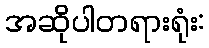
အဆိုပါတရားရုံး: